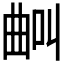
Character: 𣌺